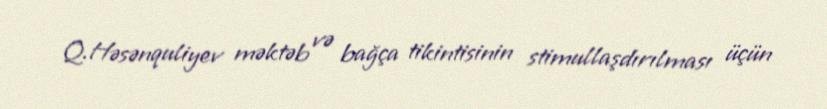
Q.Həsənquliyev məktəb və bağça tikintisinin stimullaşdırılması üçün